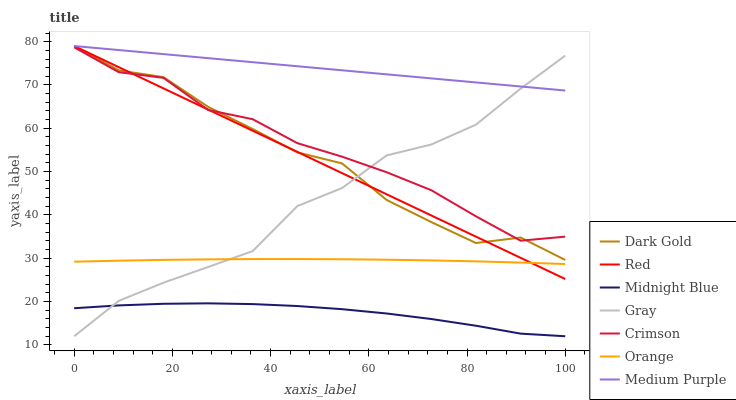
| xaxis_label | Dark Gold | Red | Midnight Blue | Gray | Crimson | Orange | Medium Purple |
 | --- | --- | --- | --- | --- | --- | --- | --- |
 | 0 | 79 | 79 | 18.5 | 12 | 78.7 | 29.2 | 79 |
 | 9.09 | 73.4 | 74.1 | 19.1 | 20.2 | 73 | 29.4 | 78.1 |
 | 18.2 | 71.8 | 69.2 | 19.5 | 24.4 | 71.7 | 29.6 | 77.1 |
 | 27.3 | 65 | 64.3 | 19.6 | 28 | 64.2 | 29.7 | 76.2 |
 | 36.4 | 59.8 | 59.4 | 19.4 | 31.7 | 62.1 | 29.8 | 75.3 |
 | 45.5 | 54.4 | 54.6 | 19 | 42.1 | 56.6 | 29.8 | 74.3 |
 | 54.5 | 51.9 | 49.7 | 18.3 | 46.2 | 53.5 | 29.8 | 73.4 |
 | 63.6 | 43.5 | 44.8 | 17.3 | 53.8 | 49.9 | 29.7 | 72.5 |
 | 72.7 | 38.4 | 39.9 | 16 | 56.3 | 45.7 | 29.5 | 71.5 |
 | 81.8 | 33.5 | 35 | 14.4 | 60.8 | 39.7 | 29.3 | 70.6 |
 | 90.9 | 34.8 | 30.1 | 12.6 | 69.1 | 34.1 | 29 | 69.7 |
 | 100 | 29.6 | 25.2 | 12 | 76.8 | 35 | 28.7 | 68.7 |